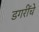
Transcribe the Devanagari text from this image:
डगरींचे